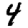
Digit: 4